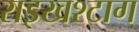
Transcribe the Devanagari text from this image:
राइखश्टाग